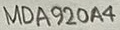
Text: MDA920A4